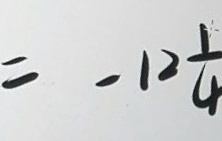
= - 1 2 \frac { 1 } { 4 }